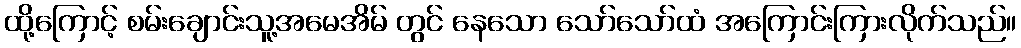
ထို့ကြောင့် စမ်းချောင်းသူ့အမေအိမ် တွင် နေသော သော်သော်ထံ အကြောင်းကြားလိုက်သည်။